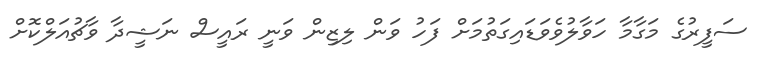
ސަފީރުގެ މަގާމާ ހަވާލުވެވަޑައިގަތުމަށް ފަހު ވަން ލިޒިން ވަނީ ރައީސް ނަޝީދާ ވާޗުއަލްކޮށް